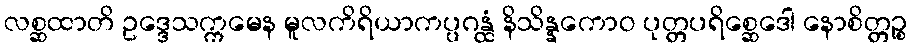
လစ္ဆထာတိ ဥဒ္ဒေသက္ကမေန မူလကိရိယာကပ္ပဂန္ထံ နိသိန္နကောဝ ပုတ္တပရိစ္ဆေဒေါ နောစိတ္တဉ္စ